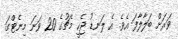
ވަރަށް ބަލާލާފަ އެވެ. އެ ލަނޑު ޖެހީ މެޗުގެ 20 ވަނަ މިނެޓްގަ